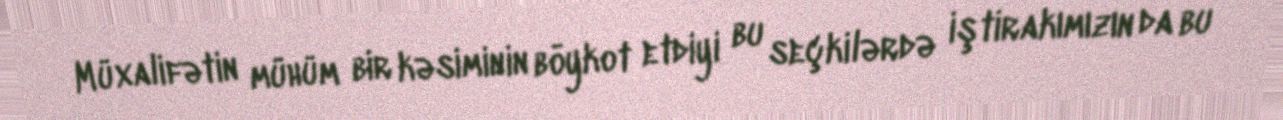
Müxalifətin mühüm bir kəsiminin böykot etdiyi bu seçkilərdə iştirakımızın da bu